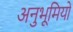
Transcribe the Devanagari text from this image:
अनुभूमियों